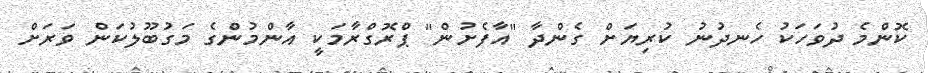
ކޮންމެ ދުވަހަކު ހެނދުނު ކުރިޔަށް ގެންދާ "އާފެށުން" ޕްރޮގްރާމަކީ އާންމުންގެ މަގުބޫލުކަން ވަރަށް